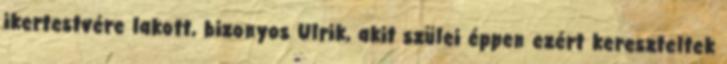
ikertestvére lakott, bizonyos Ulrik, akit szülei éppen ezért kereszteltek